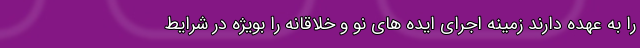
را به عهده دارند زمینه اجرای ایده های نو و خلاقانه را بویژه در شرایط